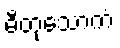
ဓီတုသောကံ